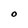
Character: O